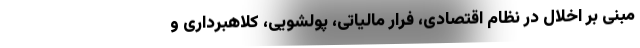
مبنی بر اخلال در نظام اقتصادی، فرار مالیاتی، پولشویی، کلاهبرداری و